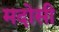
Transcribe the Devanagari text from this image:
मदोसी